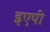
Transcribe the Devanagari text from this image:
इएपी